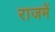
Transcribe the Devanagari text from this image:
राजमें